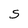
Character: S